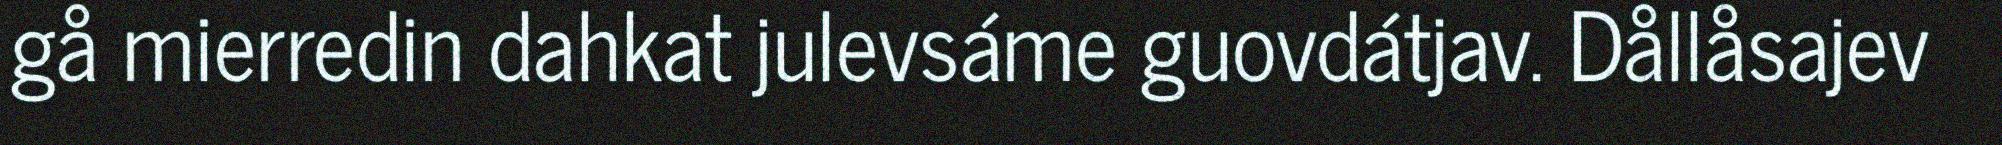
gå mierredin dahkat julevsáme guovdátjav. Dållåsajev